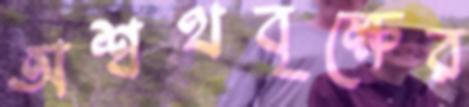
অশ্বত্থবৃক্ষের